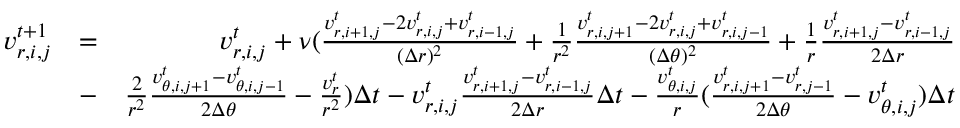
\begin{array} { r l r } { v _ { r , i , j } ^ { t + 1 } } & { = } & { v _ { r , i , j } ^ { t } + \nu ( \frac { v _ { r , i + 1 , j } ^ { t } - 2 v _ { r , i , j } ^ { t } + v _ { r , i - 1 , j } ^ { t } } { ( \Delta r ) ^ { 2 } } + \frac { 1 } { r ^ { 2 } } \frac { v _ { r , i , j + 1 } ^ { t } - 2 v _ { r , i , j } ^ { t } + v _ { r , i , j - 1 } ^ { t } } { ( \Delta \theta ) ^ { 2 } } + \frac { 1 } { r } \frac { v _ { r , i + 1 , j } ^ { t } - v _ { r , i - 1 , j } ^ { t } } { 2 \Delta r } } \\ & { - } & { \frac { 2 } { r ^ { 2 } } \frac { v _ { \theta , i , j + 1 } ^ { t } - v _ { \theta , i , j - 1 } ^ { t } } { 2 \Delta \theta } - \frac { v _ { r } ^ { t } } { r ^ { 2 } } ) \Delta t - v _ { r , i , j } ^ { t } \frac { v _ { r , i + 1 , j } ^ { t } - v _ { r , i - 1 , j } ^ { t } } { 2 \Delta r } \Delta t - \frac { v _ { \theta , i , j } ^ { t } } { r } ( \frac { v _ { r , i , j + 1 } ^ { t } - v _ { r , j - 1 } ^ { t } } { 2 \Delta \theta } - v _ { \theta , i , j } ^ { t } ) \Delta t } \end{array}